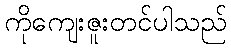
ကိုကျေးဇူးတင်ပါသည်